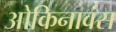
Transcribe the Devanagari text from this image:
ओकिनावंस